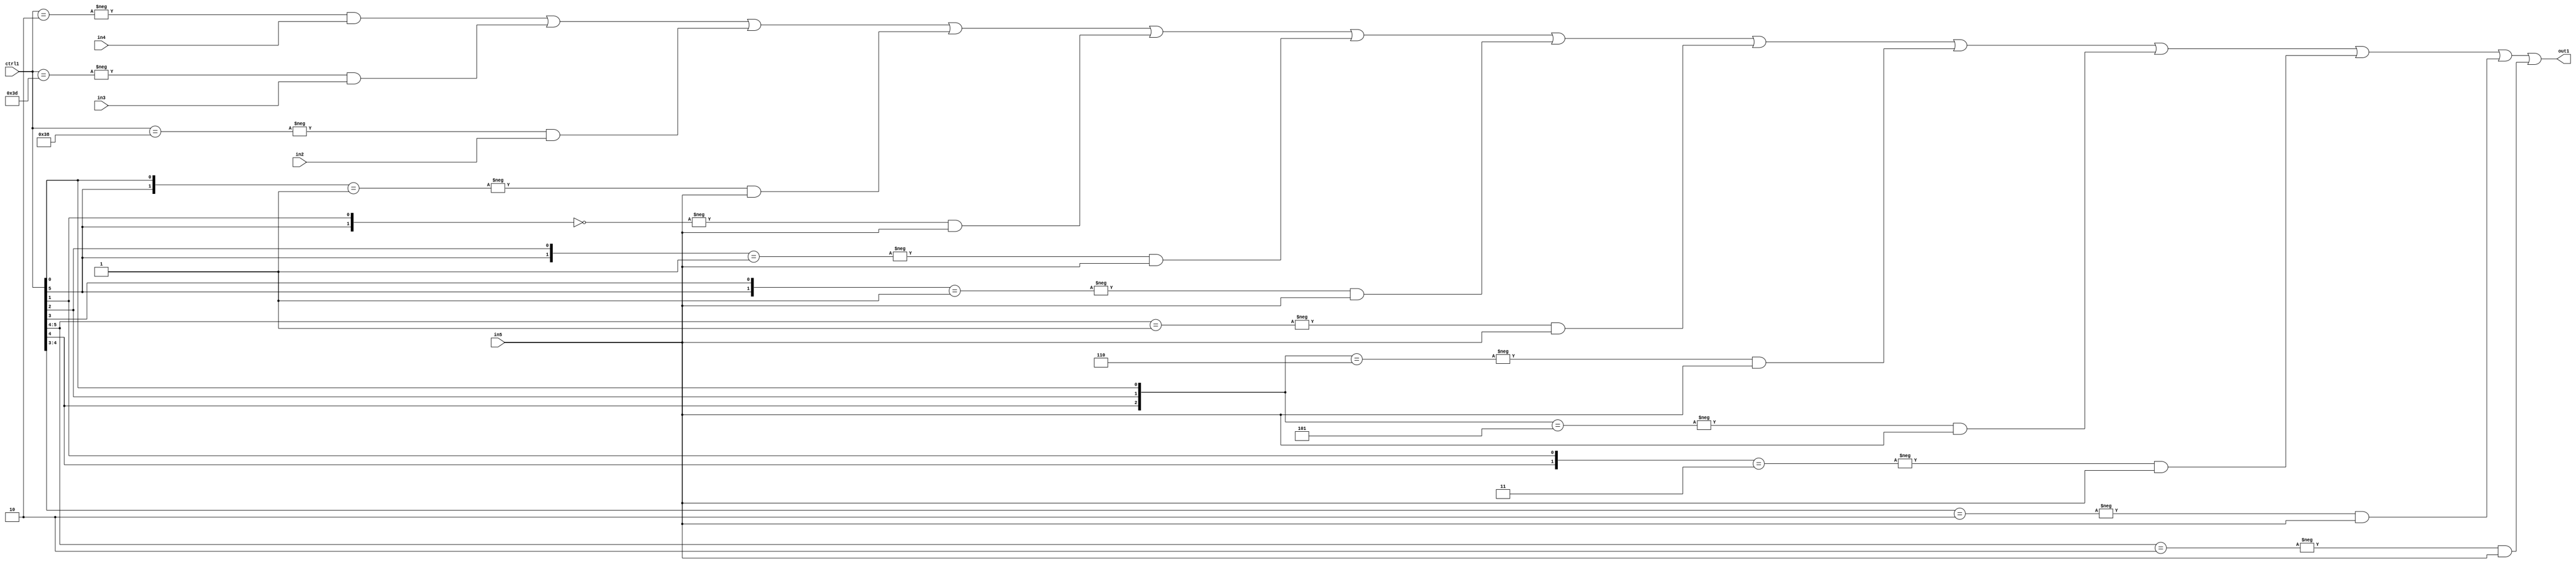
`timescale 1ps / 1ps
/*****************************************************************************
    Verilog RTL Description
    
    
    Created by: Stratus DpOpt 21.05.01 
*******************************************************************************/

module SobelFilter_N_Mux_32_4_33_1 (
	in5,
	in4,
	in3,
	in2,
	ctrl1,
	out1
	); /* architecture "behavioural" */ 
input [31:0] in5;
input [8:0] in4,
	in3,
	in2;
input [5:0] ctrl1;
output [31:0] out1;
wire [31:0] asc001;

assign asc001 = 
	-{ctrl1 == 6'B000010} & in4 |
	-{ctrl1 == 6'B111101} & in3 |
	-{ctrl1 == 6'B111000} & in2 |
	-{{ctrl1[5], ctrl1[0]} == 2'B01} & in5 |
	-{{ctrl1[5], ctrl1[1]} == 2'B00} & in5 |
	-{{ctrl1[5], ctrl1[2]} == 2'B01} & in5 |
	-{{ctrl1[5], ctrl1[3]} == 2'B01} & in5 |
	-{ctrl1[5:4] == 2'B01} & in5 |
	-{{ctrl1[4], ctrl1[2], ctrl1[0]} == 3'B110} & in5 |
	-{{ctrl1[4], ctrl1[2], ctrl1[0]} == 3'B101} & in5 |
	-{{ctrl1[4], ctrl1[1]} == 2'B11} & in5 |
	-{ctrl1[4:3] == 2'B10} & in5 |
	-{ctrl1[5:4] == 2'B10} & in5 ;

assign out1 = asc001;
endmodule

/* CADENCE  vLDzQwA= : u9/ySxbfrwZIxEzHVQQV8Q== ** DO NOT EDIT THIS LINE ******/